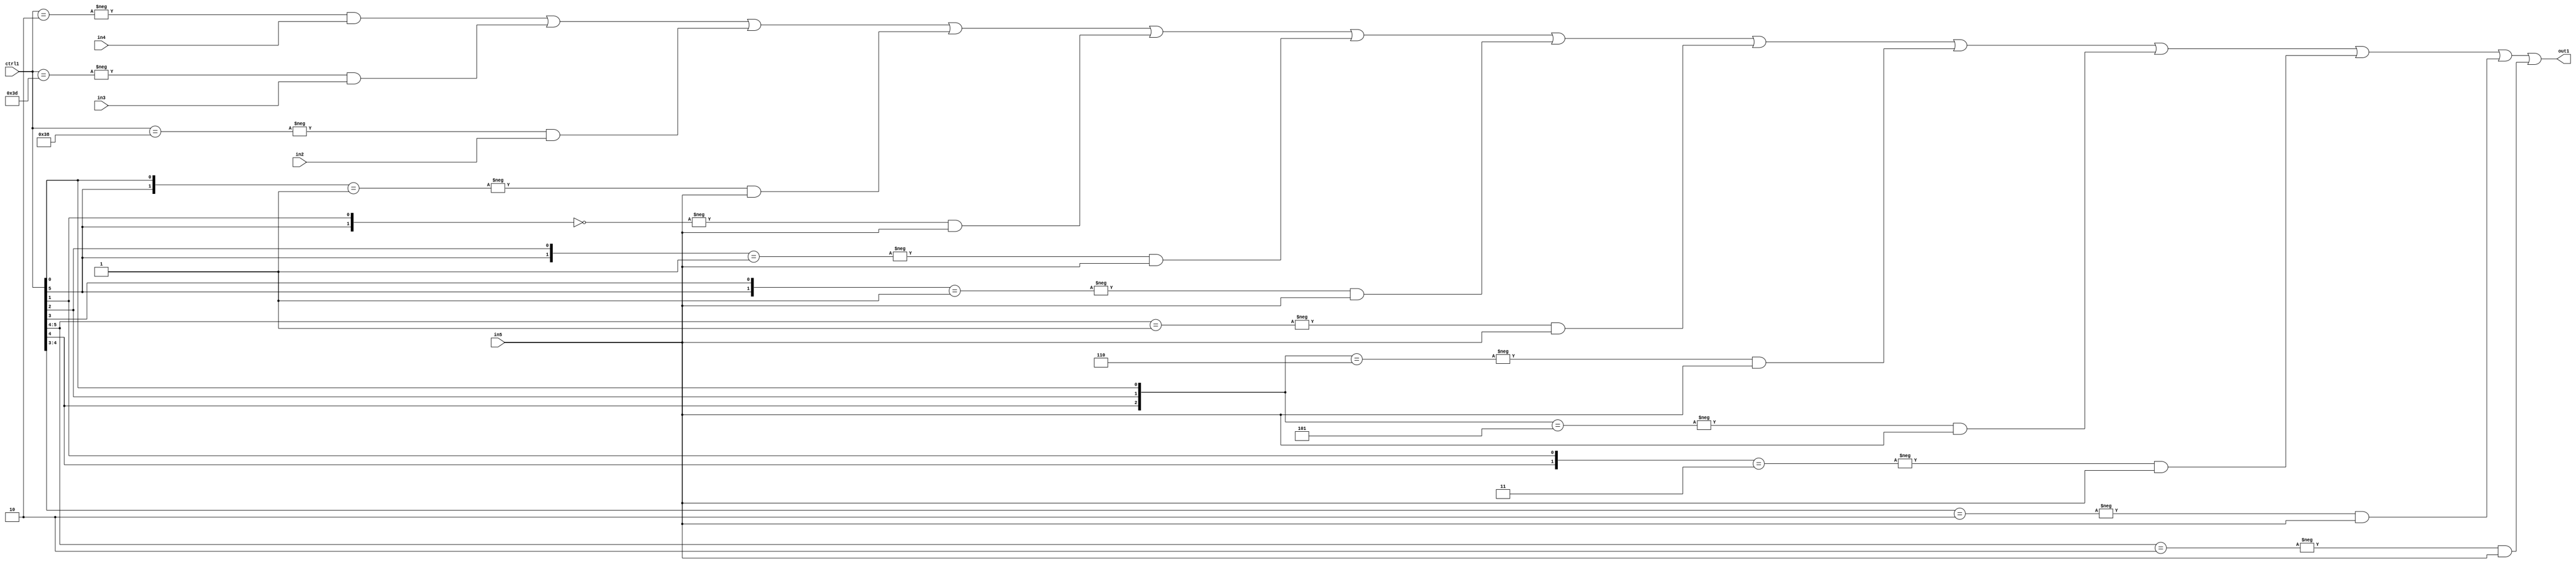
`timescale 1ps / 1ps
/*****************************************************************************
    Verilog RTL Description
    
    
    Created by: Stratus DpOpt 21.05.01 
*******************************************************************************/

module SobelFilter_N_Mux_32_4_33_1 (
	in5,
	in4,
	in3,
	in2,
	ctrl1,
	out1
	); /* architecture "behavioural" */ 
input [31:0] in5;
input [8:0] in4,
	in3,
	in2;
input [5:0] ctrl1;
output [31:0] out1;
wire [31:0] asc001;

assign asc001 = 
	-{ctrl1 == 6'B000010} & in4 |
	-{ctrl1 == 6'B111101} & in3 |
	-{ctrl1 == 6'B111000} & in2 |
	-{{ctrl1[5], ctrl1[0]} == 2'B01} & in5 |
	-{{ctrl1[5], ctrl1[1]} == 2'B00} & in5 |
	-{{ctrl1[5], ctrl1[2]} == 2'B01} & in5 |
	-{{ctrl1[5], ctrl1[3]} == 2'B01} & in5 |
	-{ctrl1[5:4] == 2'B01} & in5 |
	-{{ctrl1[4], ctrl1[2], ctrl1[0]} == 3'B110} & in5 |
	-{{ctrl1[4], ctrl1[2], ctrl1[0]} == 3'B101} & in5 |
	-{{ctrl1[4], ctrl1[1]} == 2'B11} & in5 |
	-{ctrl1[4:3] == 2'B10} & in5 |
	-{ctrl1[5:4] == 2'B10} & in5 ;

assign out1 = asc001;
endmodule

/* CADENCE  vLDzQwA= : u9/ySxbfrwZIxEzHVQQV8Q== ** DO NOT EDIT THIS LINE ******/